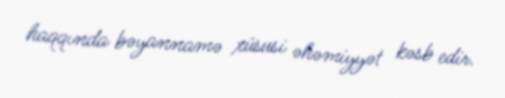
haqqında bəyannamə xüsusi əhəmiyyət kəsb edir.